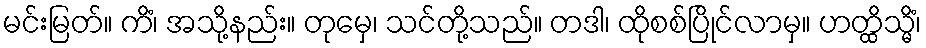
မင်းမြတ်။ ကိံ၊ အသို့နည်း။ တုမှေ၊ သင်တို့သည်။ တဒါ၊ ထိုစစ်ပြိုင်လာမှ။ ဟတ္ထိသ္မိံ၊